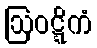
ဩဝဋ္ဋိကံ